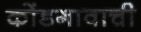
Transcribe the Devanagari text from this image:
कोंडगावाची